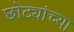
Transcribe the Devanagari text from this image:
छोट्यांच्या